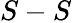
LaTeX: S-S